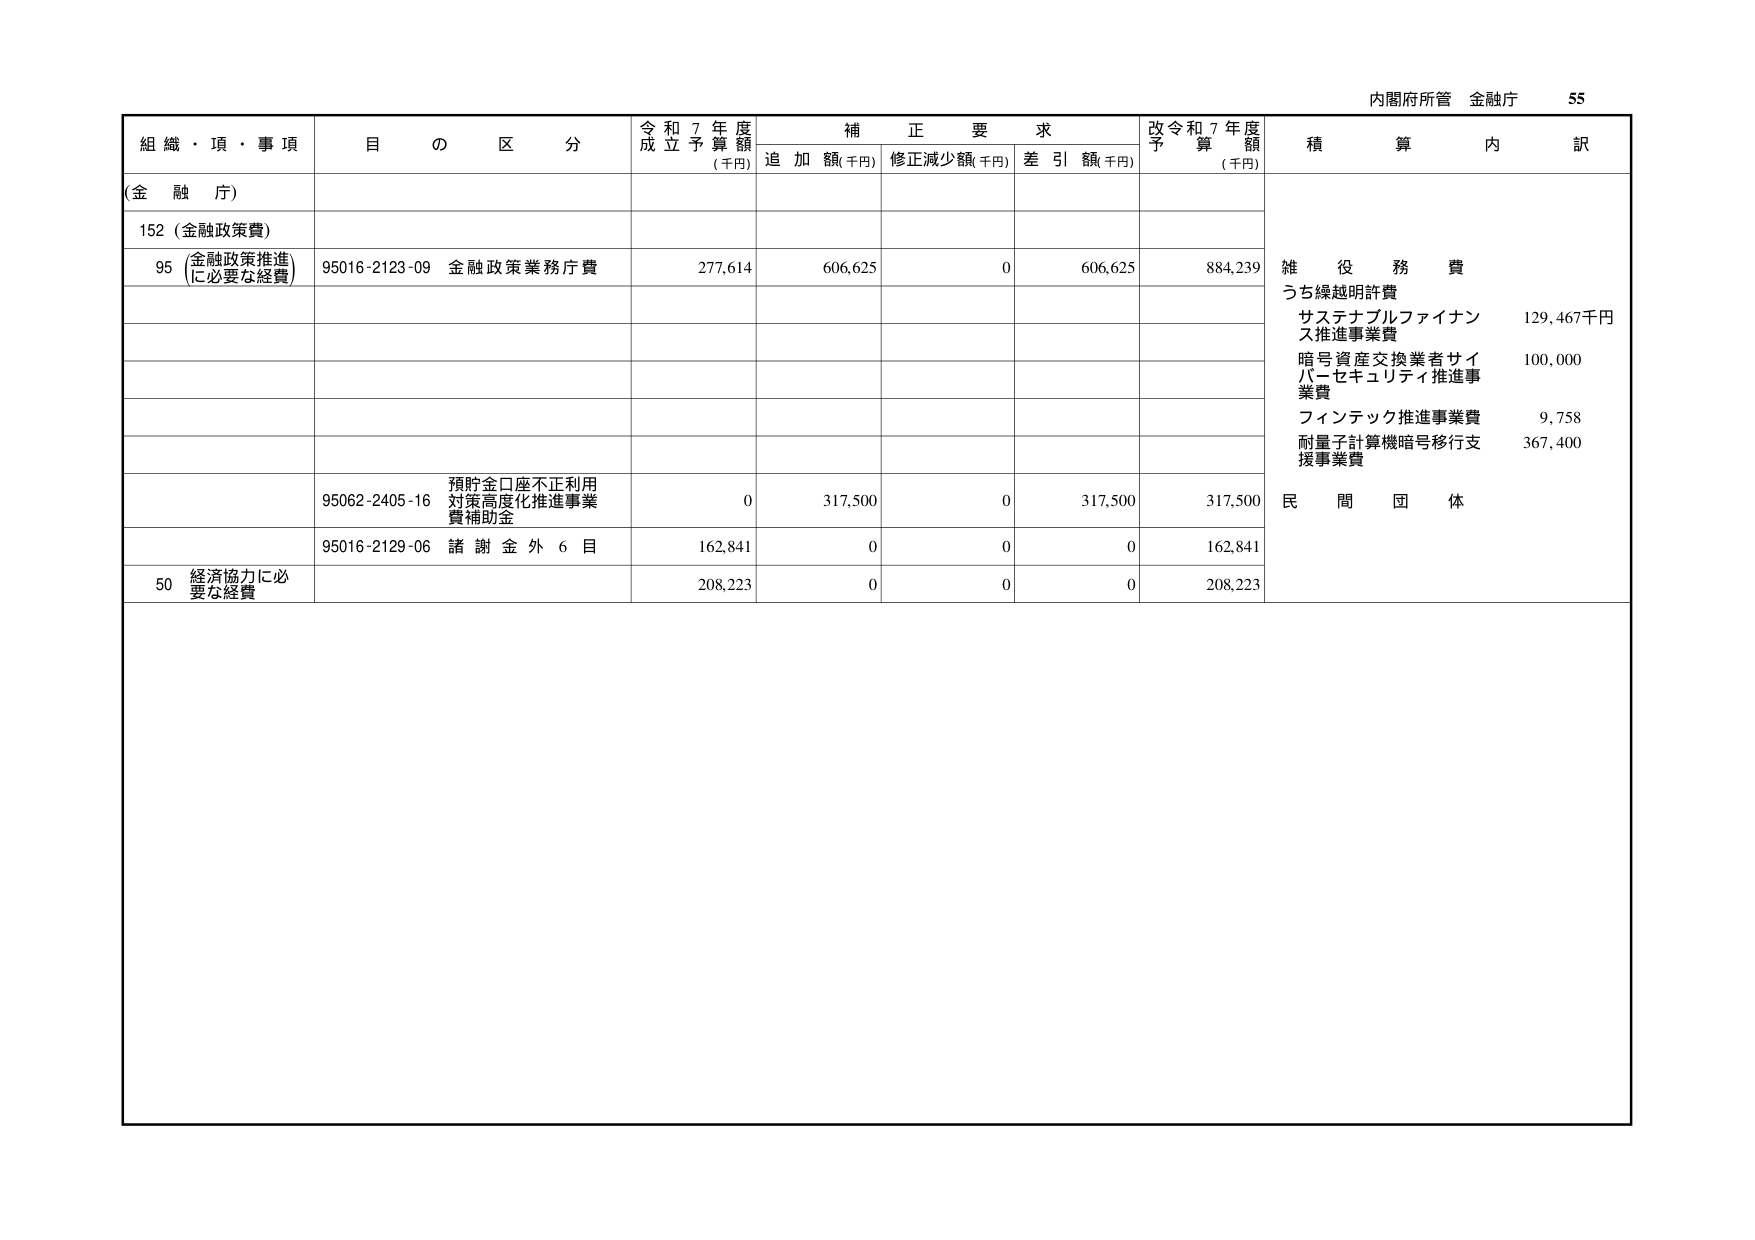
内閣府所管 金融庁 55

組織・頂・事項 目の区分 令和7年度成立予算額(千円) 補正要求 追加額(千円) 修正減少額(千円) 差引額(千円) 改令和7年度予算額(千円) 積算内訳

(金融庁)

152 (金融政策費)

95 (金融政策推進に必要な経費) 95016-2123-09 金融政策業務庁費 277,614 606,625 0 606,625 884,239

雑役務費
うち繰越明許費
サステナブルファイナンス推進事業費 129,467千円
暗号資産交換業者サイバーセキュリティ推進事業費 100,000
フィンテック推進事業費 9,758
耐量子計算機暗号移行支援事業費 367,400

95062-2405-16 預貯金口座不正利用対策高度化推進事業費補助金 0 317,500 0 317,500 317,500

民間団体

95016-2129-06 諸謝金外6目 162,841 0 0 0 162,841

50 経済協力に必要な経費 208,223 0 0 0 208,223